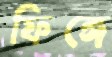
ফিঙ্গে